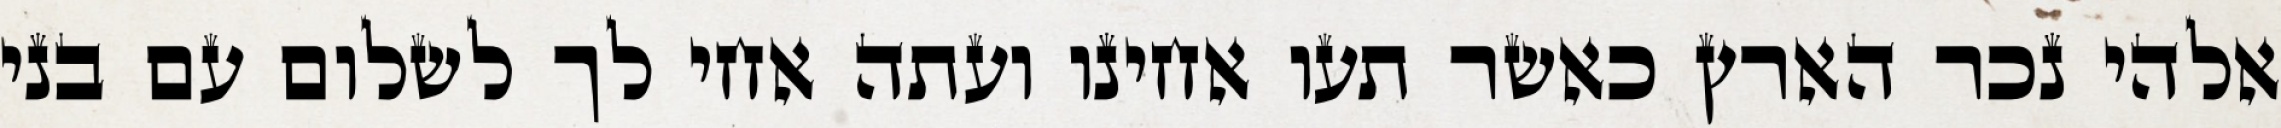
אלהי נכר הארץ כאשר תעו אחינו ועתה אחי לך לשלום עם בני